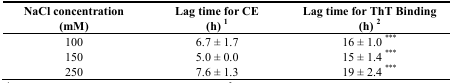
<table><thead><tr><td><b>NaCl concentration (mM)</b></td><td><b>Lag time for CE (h) 1</b></td><td><b>Lag time for ThT Binding (h) 2</b></td></tr></thead><tbody><tr><td>100</td><td>6.7 ± 1.7</td><td>16 ± 1.0 ***</td></tr><tr><td>150</td><td>5.0 ± 0.0</td><td>15 ± 1.4 ***</td></tr><tr><td>250</td><td>7.6 ± 1.3</td><td>19 ± 2.4 ***</td></tr></tbody></table>